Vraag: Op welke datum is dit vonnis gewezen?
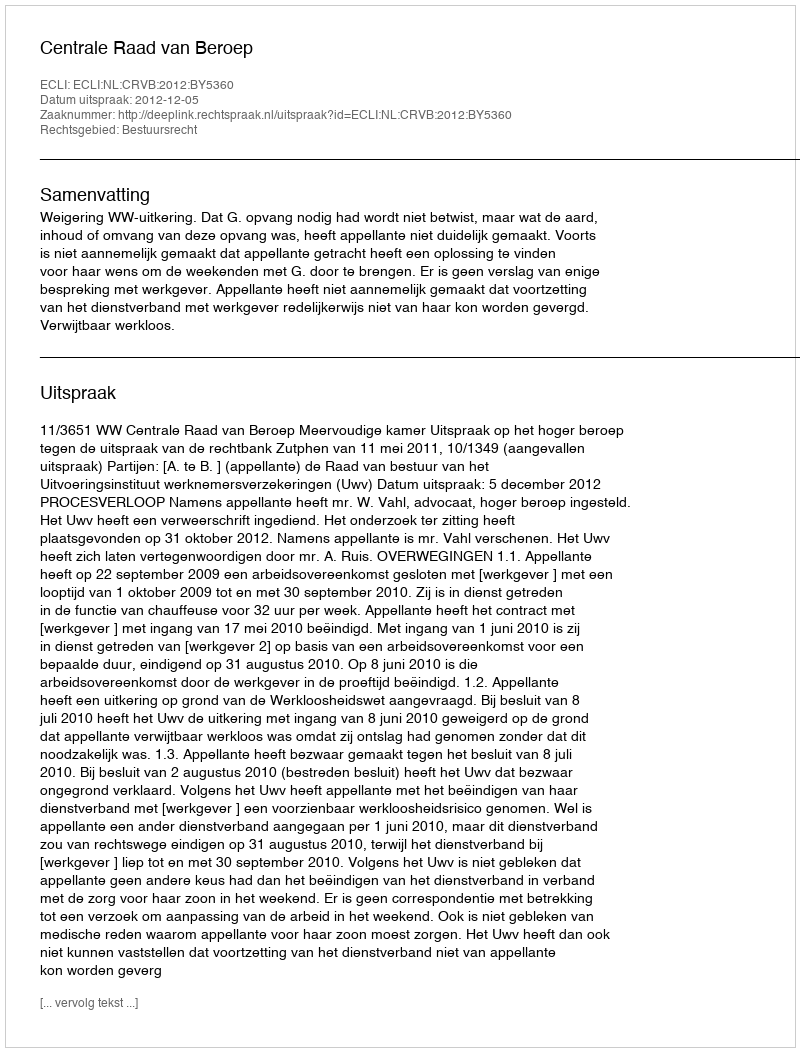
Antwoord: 2012-12-05